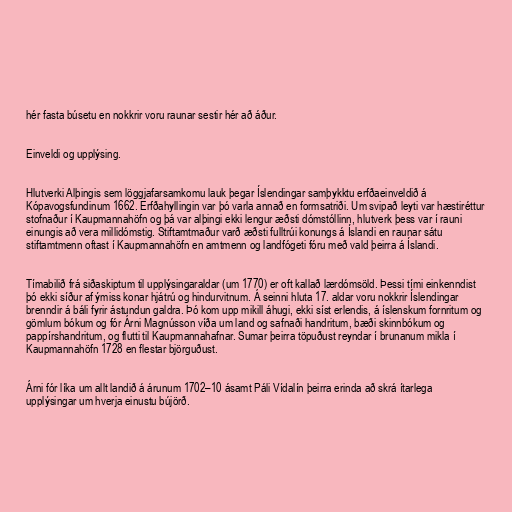
hér fasta búsetu en nokkrir voru raunar sestir hér að áður.

Einveldi og upplýsing.

Hlutverki Alþingis sem löggjafarsamkomu lauk þegar Íslendingar samþykktu erfðaeinveldið á
Kópavogsfundinum 1662. Erfðahyllingin var þó varla annað en formsatriði. Um svipað leyti var hæstiréttur
stofnaður í Kaupmannahöfn og þá var alþingi ekki lengur æðsti dómstóllinn, hlutverk þess var í rauni
einungis að vera millidómstig. Stiftamtmaður varð æðsti fulltrúi konungs á Íslandi en raunar sátu
stiftamtmenn oftast í Kaupmannahöfn en amtmenn og landfógeti fóru með vald þeirra á Íslandi.

Tímabilið frá siðaskiptum til upplýsingaraldar (um 1770) er oft kallað lærdómsöld. Þessi tími einkenndist
þó ekki síður af ýmiss konar hjátrú og hindurvitnum. Á seinni hluta 17. aldar voru nokkrir Íslendingar
brenndir á báli fyrir ástundun galdra. Þó kom upp mikill áhugi, ekki síst erlendis, á íslenskum fornritum og
gömlum bókum og fór Árni Magnússon víða um land og safnaði handritum, bæði skinnbókum og
pappírshandritum, og flutti til Kaupmannahafnar. Sumar þeirra töpuðust reyndar í brunanum mikla í
Kaupmannahöfn 1728 en flestar björguðust.

Árni fór líka um allt landið á árunum 1702–10 ásamt Páli Vídalín þeirra erinda að skrá ítarlega
upplýsingar um hverja einustu bújörð.